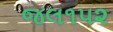
જલ૧૫૨